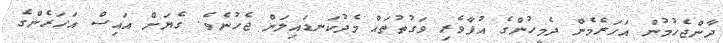
ދާންޖެހުމުން އަހަރެމެން ދެމީހުންގެ އުފާވެރި ވަގުތުތައް މެދުކަނޑައިލަން ޖެހުނެވެ. ގެޔަށް އައިސް އަހަރެންގެ